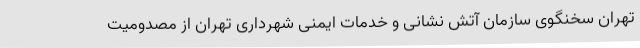
تهران سخنگوی سازمان آتش نشانی و خدمات ایمنی شهرداری تهران از مصدومیت